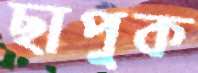
ছাপুক